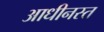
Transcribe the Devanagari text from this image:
आधीनस्त